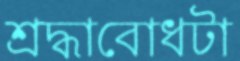
শ্রদ্ধাবোধটা